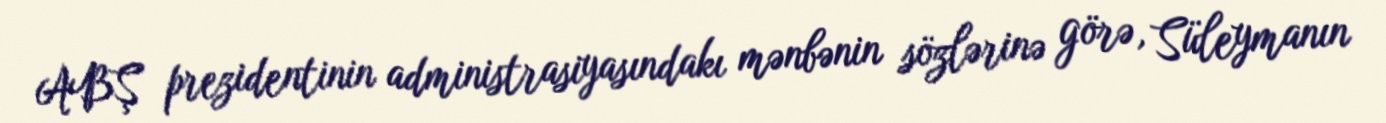
ABŞ prezidentinin administrasiyasındakı mənbənin sözlərinə görə, Süleymanın